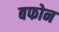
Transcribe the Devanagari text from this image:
बफोन